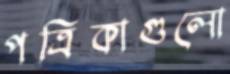
পত্রিকাগুলো